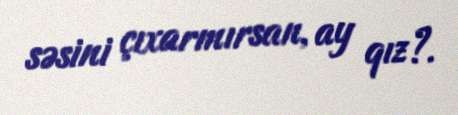
səsini çıxarmırsan, ay qız?.